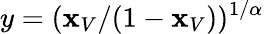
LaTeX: y=(\mathbf{x}_{V}/(1-\mathbf{x}_{V}))^{1/\alpha}